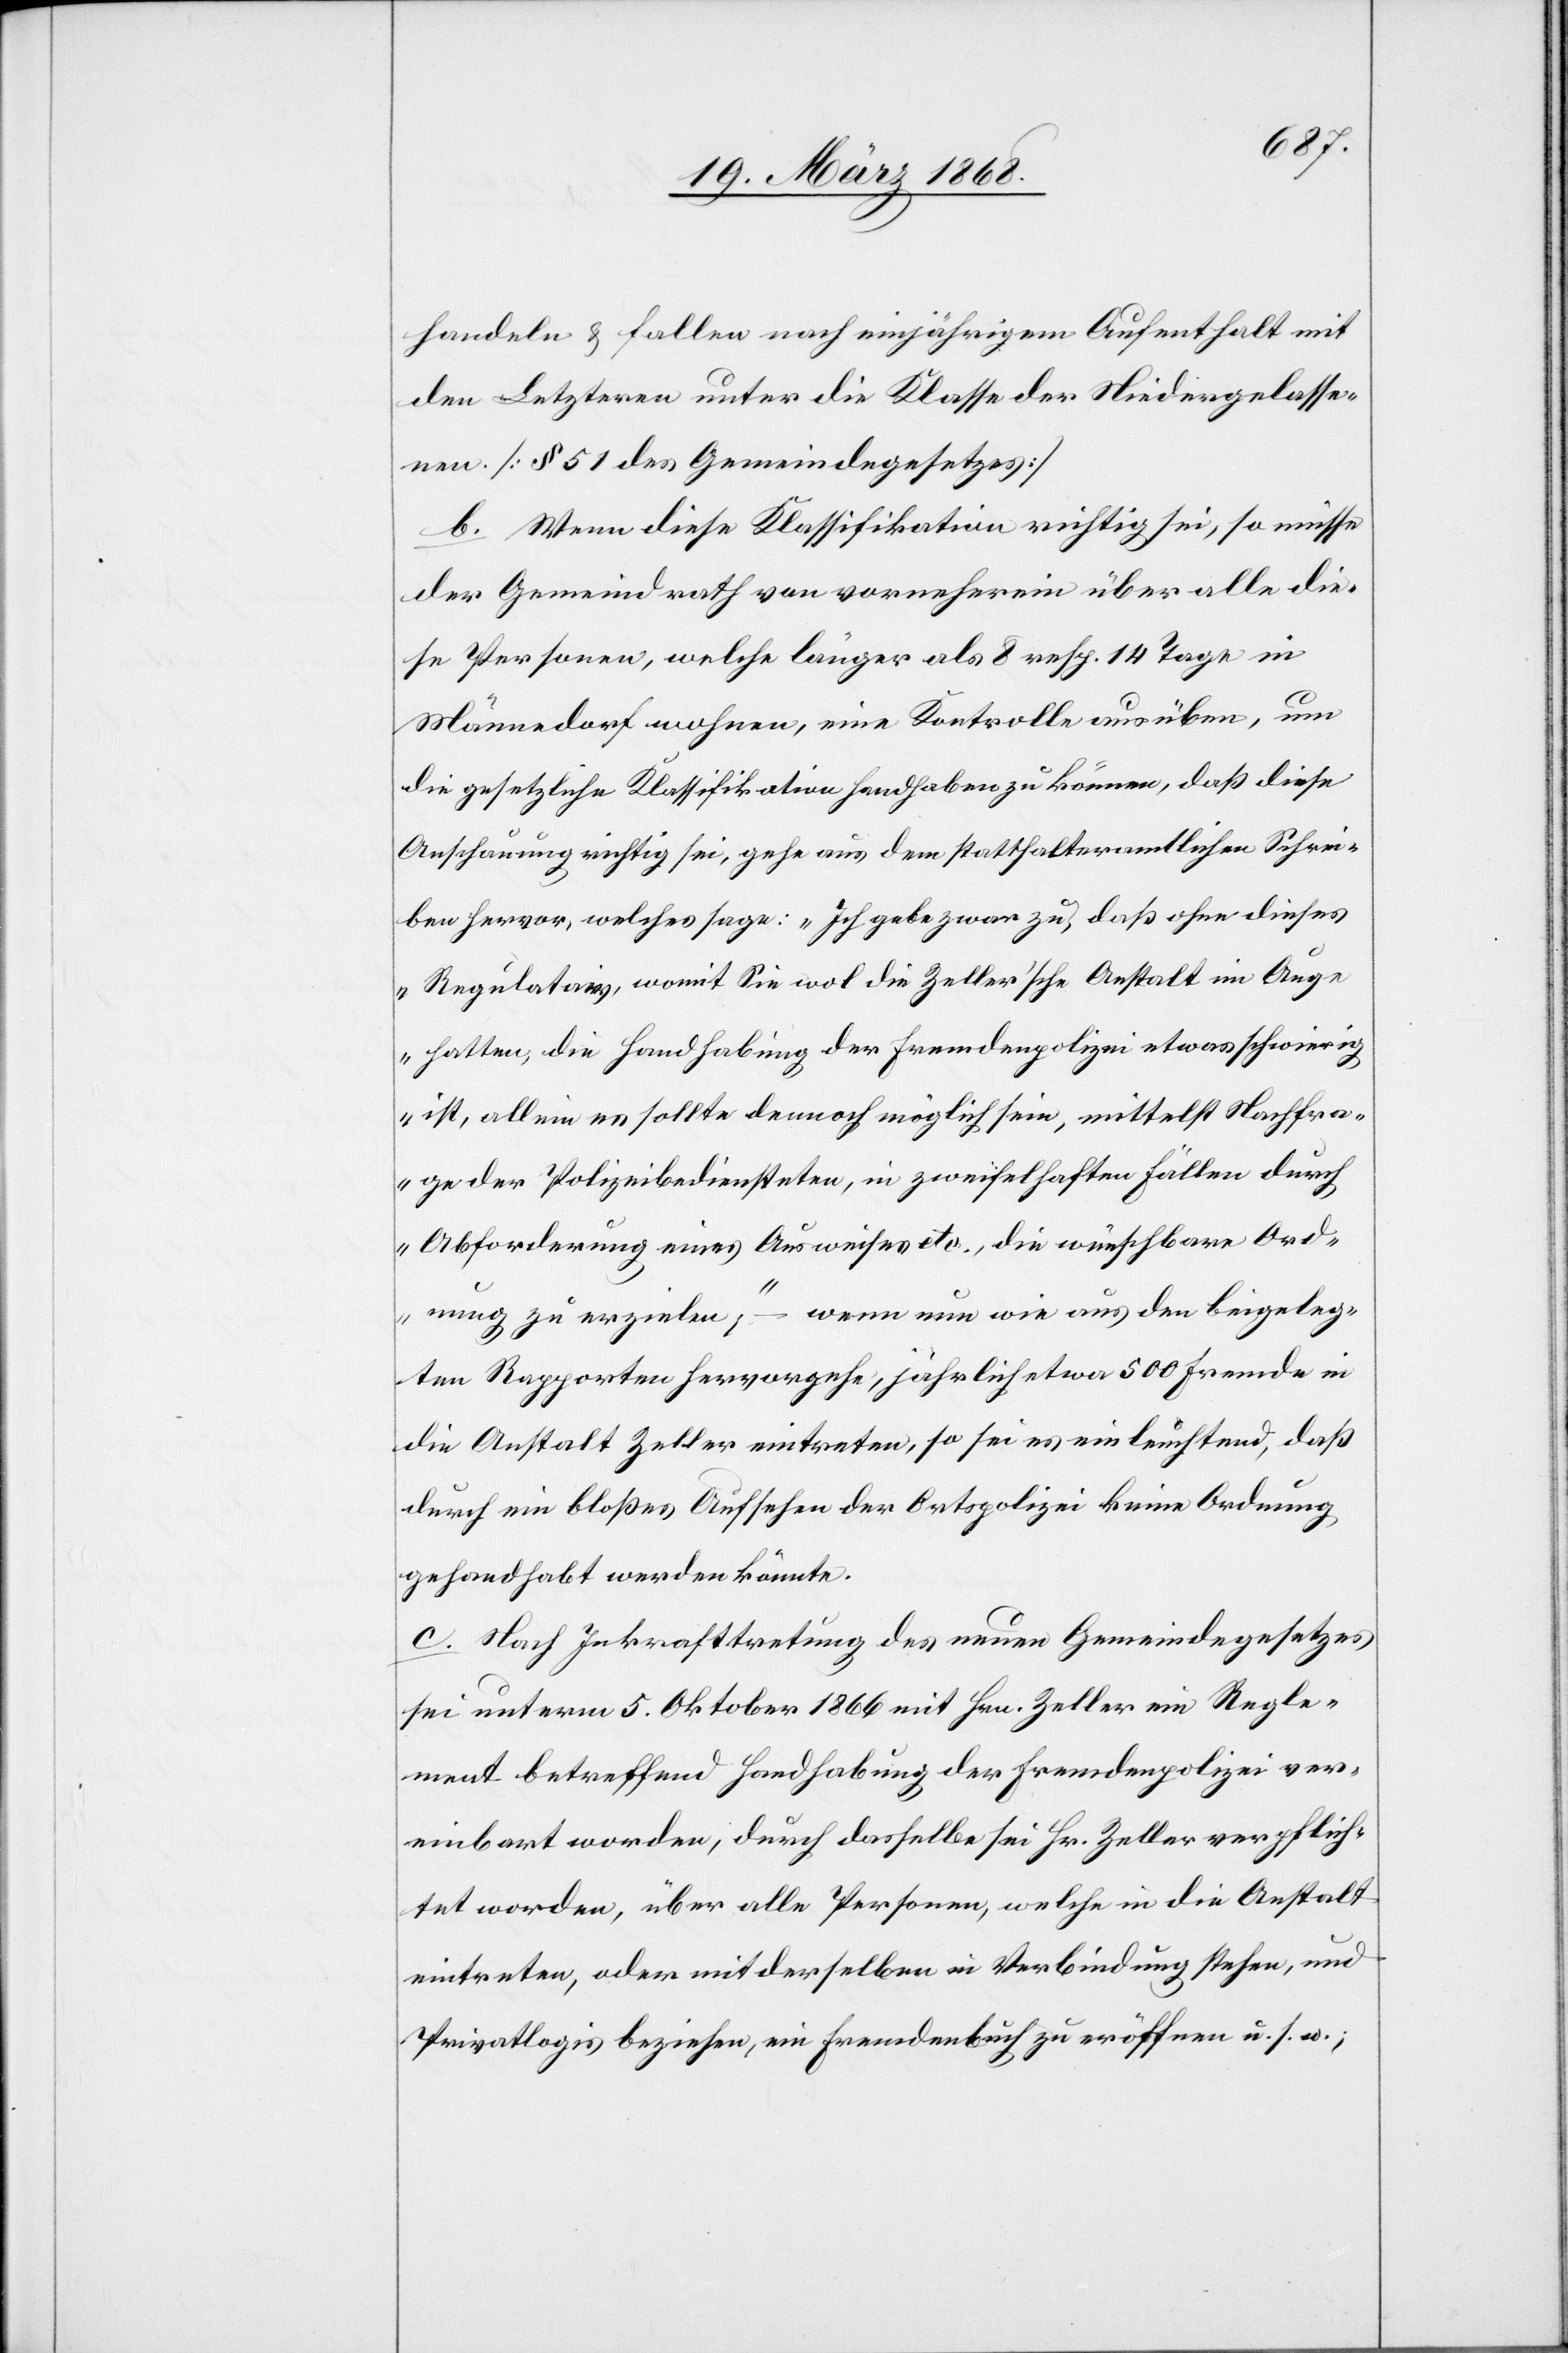
handeln & fallen nach einjährigem Aufenthalt mit
den Letzteren unter die Klasse der Niedergelasse¬
nen [§ 51 des Gemeindegesetzes]
b. Wenn diese Klassifikation richtig sei, so müsse
der Gemeindrath von vorneherein über alle die¬
se Personen, welche länger als 8 resp. 14 Tage in
Männedorf wohnen, eine Kontrolle ausüben, um
die gesetzliche Klassifikation handhaben zu können, daß diese
Anschauung richtig sei, gehe aus dem statthalteramtlichen Schrei¬
ben hervor, welches sage: „Ich gebe zwar zu, daß ohne dieses
Regulataiv [sic!], womit Sie wol die Zeller’sche Anstalt im Auge
hatten, die Handhabung der Fremdenpolizei etwas schwierig
ist, allein es sollte dennoch möglich sein, mittelst Nachfra¬
ge der Polizeibediensteten, in zweifelhaften Fällen durch
Abforderung eines Ausweises etc., die wünschbare Ord¬
nung zu erzielen,“ – wenn nun wie aus den beigeleg¬
ten Rapporten hervorgehe, jährlich etwa 500 Fremde in
die Anstalt Zeller eintreten, so sei es einleuchtend, daß
durch ein bloßes Aufsehen der Ortspolizei keine Ordnung
gehandhabt werden könnte.
c. Nach Inkrafttretung des neuen Gemeindegesetzes
sei unterm 5. Oktober 1866 mit Hrn. Zeller ein Regle¬
ment betreffend Handhabung der Fremdenpolizei ver¬
einbart worden, durch dasselbe sei Hr. Zeller verpflich¬
tet worden, über alle Personen, welche in die Anstalt
eintreten, oder mit derselben in Verbindung stehen, und
Privatlogis beziehen, ein Fremdenbuch zu eröffnen u. s. w.;